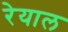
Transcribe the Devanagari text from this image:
रेयाल